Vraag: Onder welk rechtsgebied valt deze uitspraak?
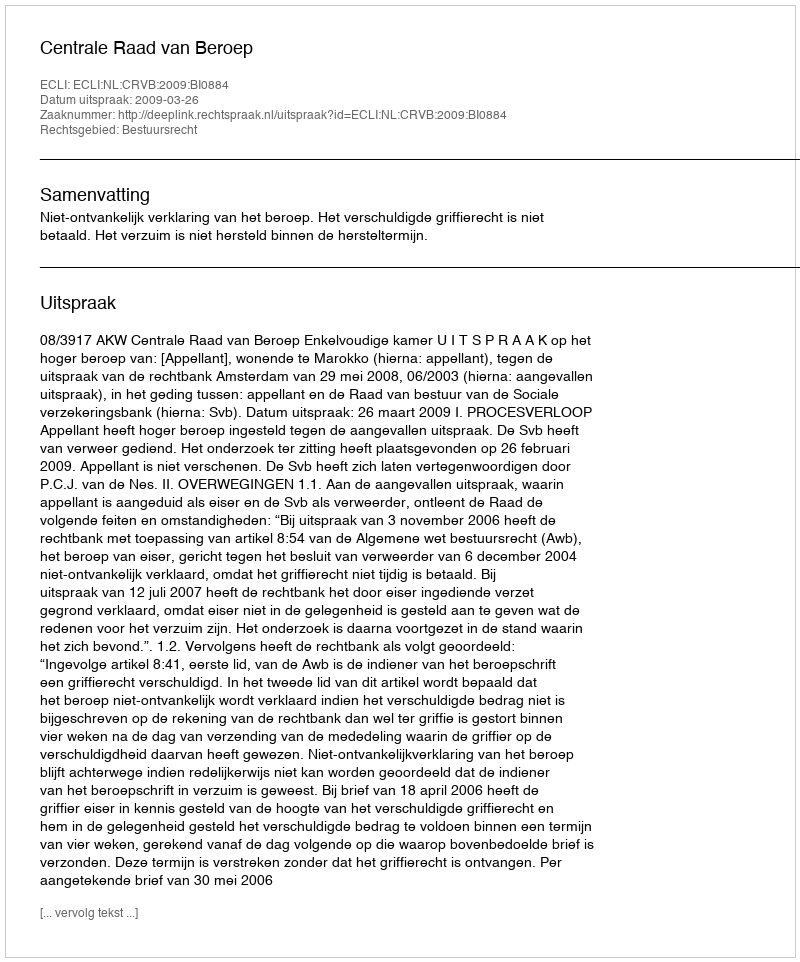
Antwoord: Bestuursrecht